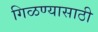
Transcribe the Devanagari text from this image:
गिळण्यासाठी